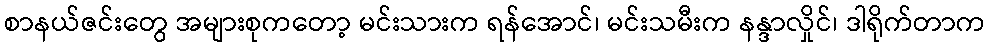
စာနယ်ဇင်းတွေ အများစုကတော့ မင်းသားက ရန်အောင်၊ မင်းသမီးက နန္ဒာလှိုင်၊ ဒါရိုက်တာက